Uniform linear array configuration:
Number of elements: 12
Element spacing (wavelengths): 0.5
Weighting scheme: blackman
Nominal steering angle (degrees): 45
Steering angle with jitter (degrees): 45.196
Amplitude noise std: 0.05
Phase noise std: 0.05

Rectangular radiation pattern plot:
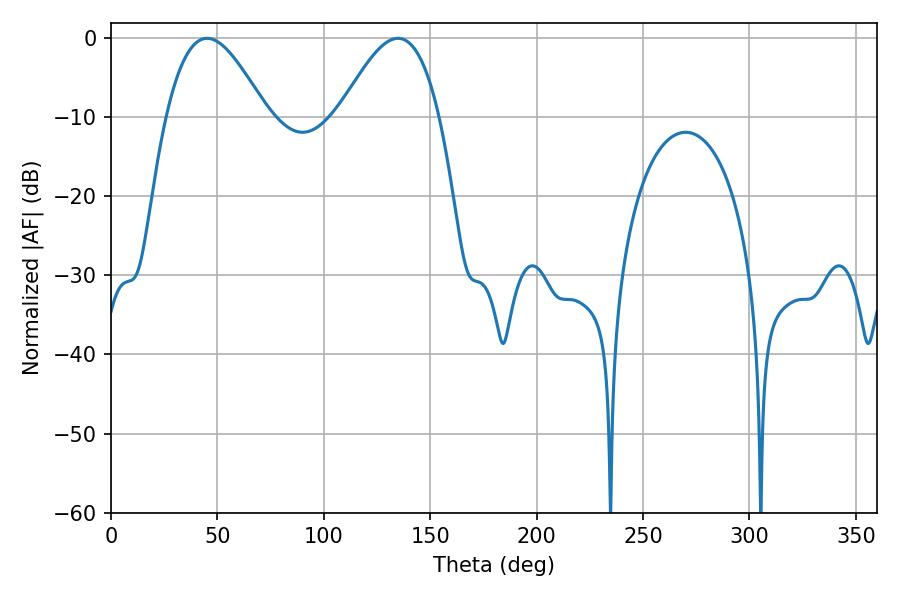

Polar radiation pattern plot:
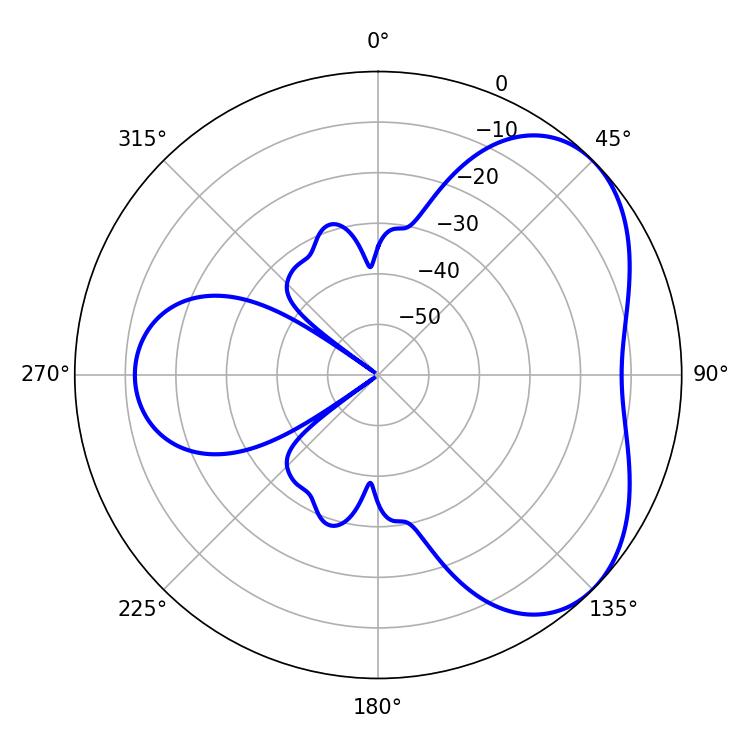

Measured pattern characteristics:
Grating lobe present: FALSE
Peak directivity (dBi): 4.543
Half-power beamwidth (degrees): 25.38
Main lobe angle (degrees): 45.18